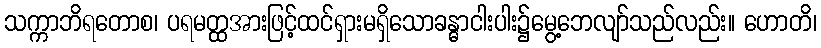
သက္ကာဘိရတောစ၊ ပရမတ္ထအားဖြင့်ထင်ရှားမရှိသောခန္ဓာငါးပါး၌မွေ့ဘေလျာ်သည်လည်း။ ဟောတိ၊